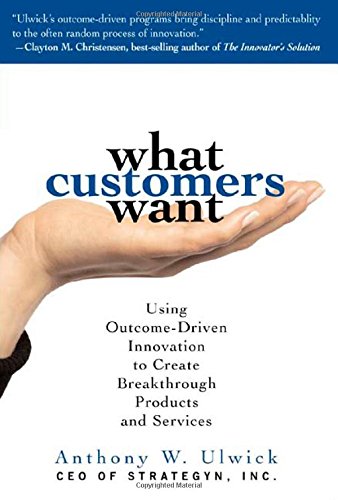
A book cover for What Customers Want: Using Outcome-Driven Innovation to Create Breakthrough Products and Services; Anthony Ulwick; Business & Money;